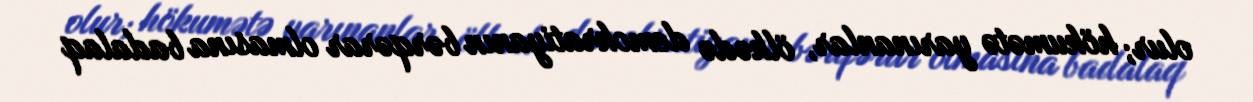
olur; hökumətə yarınanlar, ölkədə demokratiyanın bərqərar olmasına badalaq